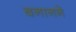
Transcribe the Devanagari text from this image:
बनानने